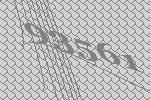
93561